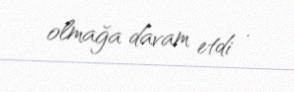
olmağa davam etdi .